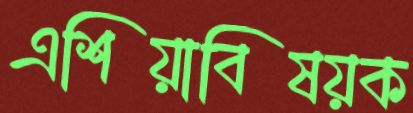
এশিয়াবিষয়ক